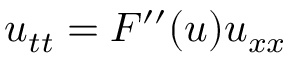
u _ { t t } = F ^ { \prime \prime } ( u ) u _ { x x }